Reports on military cantonments and civil stations in the Presidency of Bombay inspected by the Sanitary Commissioner in the years 1875 and 1876
Year: 1875
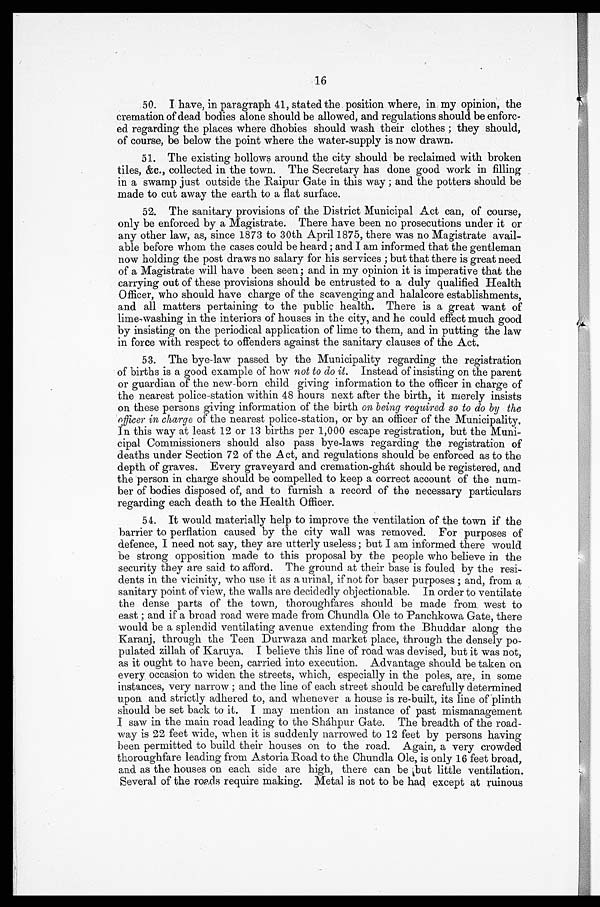
16
50. I have, in paragraph 41, stated the position where, in my opinion, the
cremation of dead bodies alone should be allowed, and regulations should be enforc
-ed regarding the places where dhobies should wash their clothes; they should,
of course, be below the point where the water-supply is now drawn.
51. The existing hollows around the city should be reclaimed with broken
tiles, &c., collected in the town. The Secretary has done good work in filling
in a swamp just outside the Raipur Gate in this way; and the potters should be
made to cut away the earth to a flat surface.
52. The sanitary provisions of the District Municipal Act can, of course,
only be enforced by a Magistrate. There have been no prosecutions under it or
any other law, as, since 1873 to 30th April 1875, there was no Magistrate avail
-able before whom the cases could be heard; and I am informed that the gentleman
now holding the post draws no salary for his services; but that there is great need
of a Magistrate will have been seen; and in my opinion it is imperative that the
carrying out of these provisions should be entrusted to a duly qualified Health
Officer, who should have charge of the scavenging and halalcore establishments,
and all matters pertaining to the public health. There is a great want of
lime-washing in the interiors of houses in the city, and he could effect much good
by insisting on the periodical application of lime to them, and in putting the law
in force with respect to offenders against the sanitary clauses of the Act.
53. The bye-law passed by the Municipality regarding the registration
of births is a good example of how not to do it. Instead of insisting on the parent
or guardian of the new-born child giving information to the officer in charge of
the nearest police-station within 48 hours next after the birth, it merely insists
on these persons giving information of the birth on being required so to do by the
officer in charge of the nearest police-station, or by an officer of the Municipality,
in this way at least 12 or 13 births per 1,000 escape registration, but the Muni
-cipal Commissioners should also pass bye-laws regarding the registration of
deaths under Section 72 of the Act, and regulations should be enforced as to the
depth of graves. Every graveyard and cremation-ghát should be registered, and
the person in charge should be compelled to keep a correct account of the num
-ber of bodies disposed of, and to furnish a record of the necessary particulars
regarding each death to the Health Officer.
54. It would materially help to improve the ventilation of the town if the
barrier to perflation caused by the city wall was removed. For purposes of
defence, I need not say, they are utterly useless; but I am informed there would
be strong opposition made to this proposal by the people who believe in the
security they are said to afford. The ground at their base is fouled by the resi
-dents in the vicinity, who use it as a urinal, if not for baser purposes; and, from a
sanitary point of view, the walls are decidedly objectionable. In order to ventilate
the dense parts of the town, thoroughfares should be made from west to
east; and if a broad road were made from Chundla Ole to Panchkowa, Gate, there
would be a splendid ventilating avenue extending from the Bhuddar along the
Karanj, through the Teen Durwaza and market place, through the densely po
-pulated zillah of Karuya. I believe this line of road was devised, but it was not,
as it ought to have been, carried into execution. Advantage should be taken on
every occasion to widen the streets, which, especially in the poles, are, in some
instances, very narrow; and the line of each street should be carefully determined
upon and strictly adhered to, and whenever a house is re-built, its line of plinth
should be set back to it. I may mention an instance of past mismanagement
I saw in the main road leading to the Sháhpur Gate. The breadth of the road
-way is 22 feet wide, when it is suddenly narrowed to 12 feet by persons having
been permitted to build their houses on to the road. Again, a very crowded
thoroughfare leading from Astoria Road to the Chundla Ole, is only 16 feet broad,
and as the houses on each side are high, there can be but little ventilation.
Several of the roads require making. Metal is not to be had except at ruinous